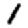
Digit: 1